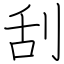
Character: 刮